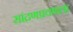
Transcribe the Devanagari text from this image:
सांद्रणप्रवणता